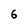
Character: 6